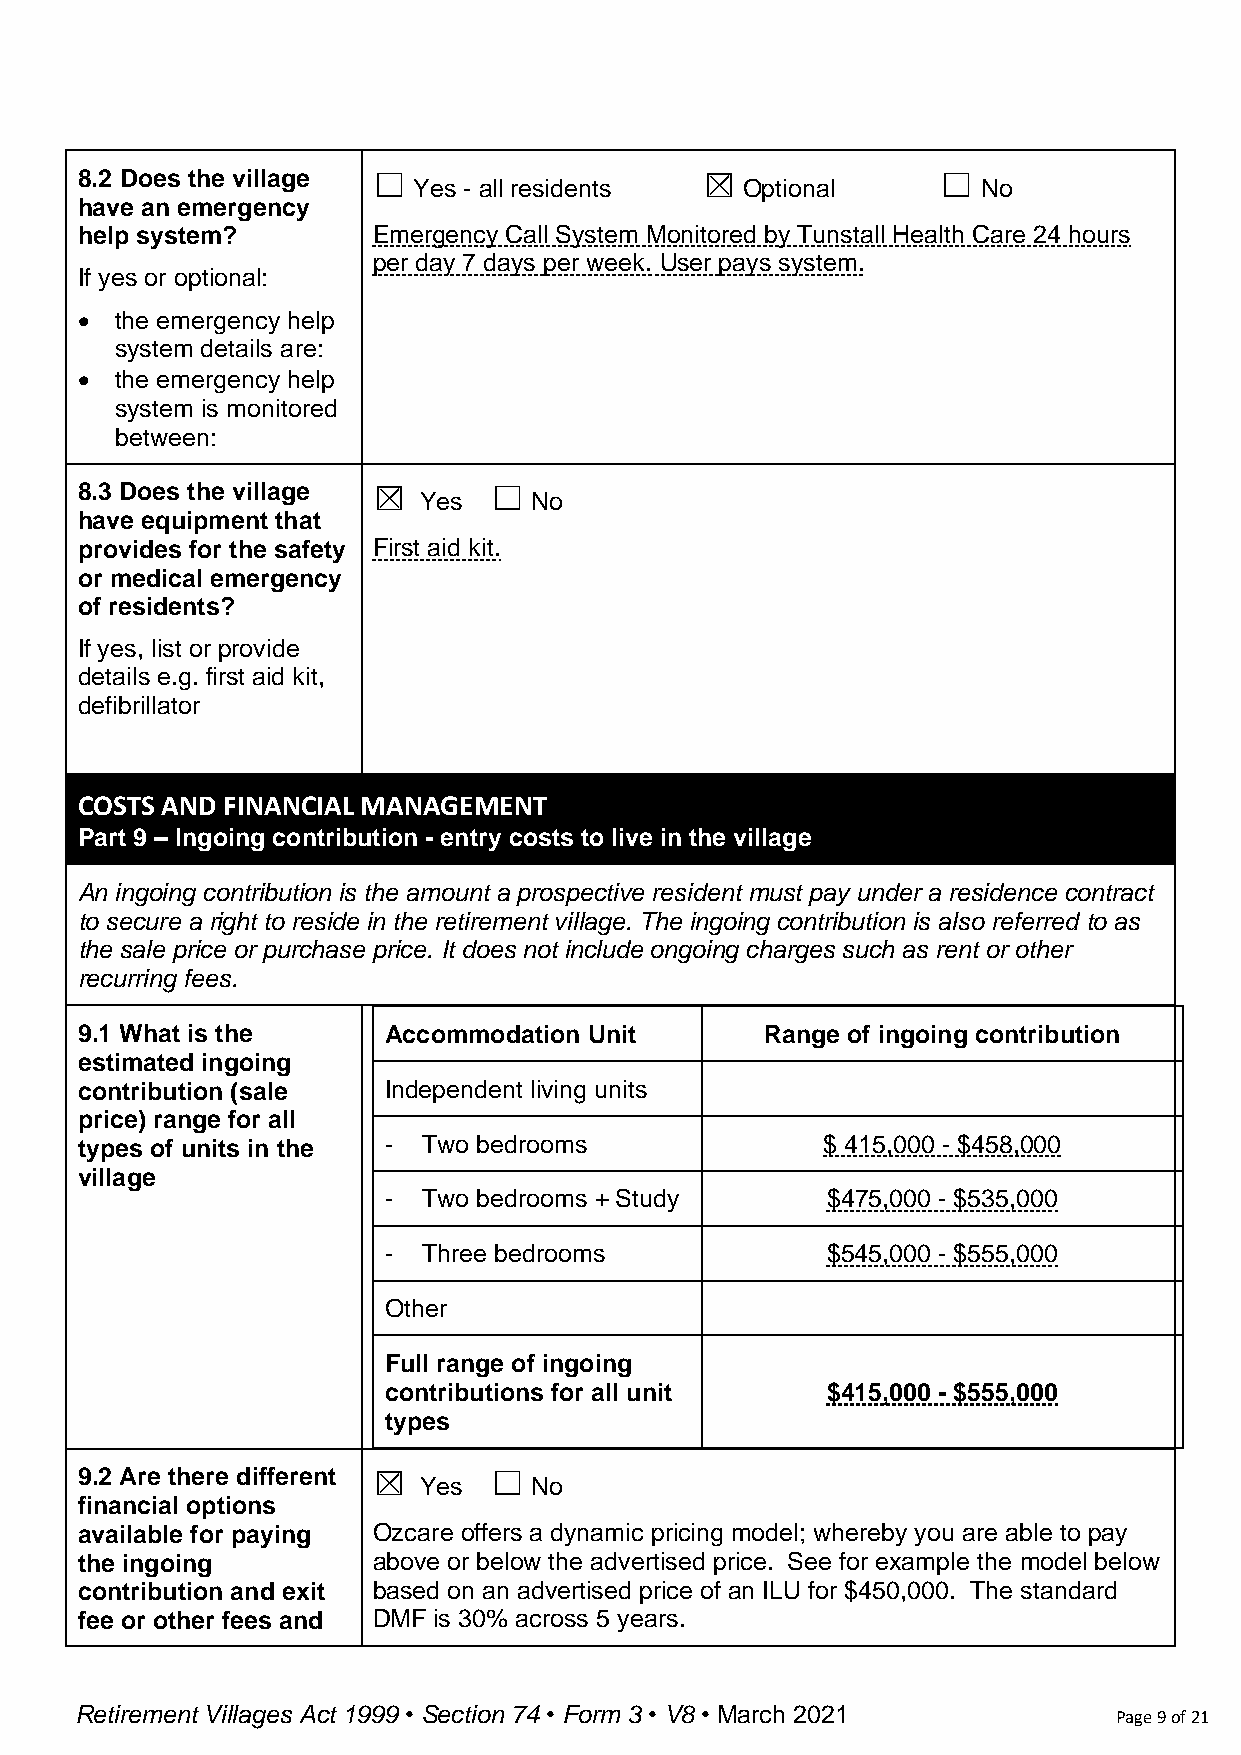
8.2 Does the village ☐                    ☒              ☐
 Yes - all residents   Optional        No
 have an emergency
 help system?        Emergency Call System Monitored by Tunstall Health Care 24 hours
 per day 7 days per week. User pays system.
 If yes or optional:
 •  the emergency help
 system details are:
 •  the emergency help
 system is monitored
 between:
 8.3 Does the village ☒     ☐
 Yes    No
 have equipment that
 provides for the safety First aid kit.
 or medical emergency
 of residents?
 If yes, list or provide
 details e.g. first aid kit,
 defibrillator
 COSTS AND FINANCIAL MANAGEMENT
 Part 9 – Ingoing contribution - entry costs to live in the village
 An ingoing contribution is the amount a prospective resident must pay under a residence contract
 to secure a right to reside in the retirement village. The ingoing contribution is also referred to as
 the sale price or purchase price. It does not include ongoing charges such as rent or other
 recurring fees.
 9.1 What is the     Accommodation Unit        Range of ingoing contribution
 estimated ingoing
 contribution (sale  Independent living units
 price) range for all
 types of units in the - Two bedrooms             $ 415,000 - $458,000
 village
 -  Two bedrooms + Study       $475,000 - $535,000
 -  Three bedrooms             $545,000 - $555,000
 Other
 Full range of ingoing
 contributions for all unit    $415,000 - $555,000
 types
 9.2 Are there different ☒  ☐
 Yes    No
 financial options
 available for paying Ozcare offers a dynamic pricing model; whereby you are able to pay
 the ingoing         above or below the advertised price. See for example the model below
 contribution and exit based on an advertised price of an ILU for $450,000. The standard
 fee or other fees and DMF is 30% across 5 years.
 Retirement Villages Act 1999 • Section 74 • Form 3 • V8 • March 2021 Page 9 of 21